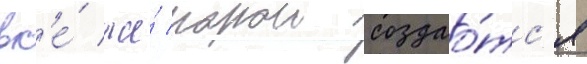
вс'е́ же́ порои создао́тс'я